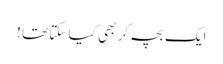
ایک بچہ کر بھی کیا سکتا تھا !